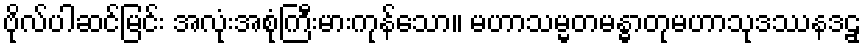
ဗိုလ်ပါဆင်မြင်း အလုံးအစုံကြီးမားကုန်သော။ မဟာသမ္မတမန္ဓာတုမဟာသုဒဿနဒဠှ